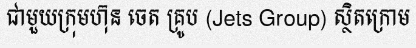
ជាមួយក្រុមហ៊ុន ចេត គ្រូប (Jets Group) ស្ថិតក្រោម